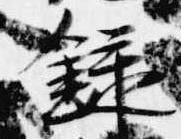
録